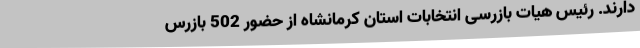
دارند. رئیس هیات بازرسی انتخابات استان کرمانشاه از حضور 502 بازرس